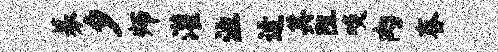
募夕师灌泣迓其阻啖肉舂